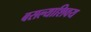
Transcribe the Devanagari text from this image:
बसल्याशिवय